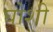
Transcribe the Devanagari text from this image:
घोशी